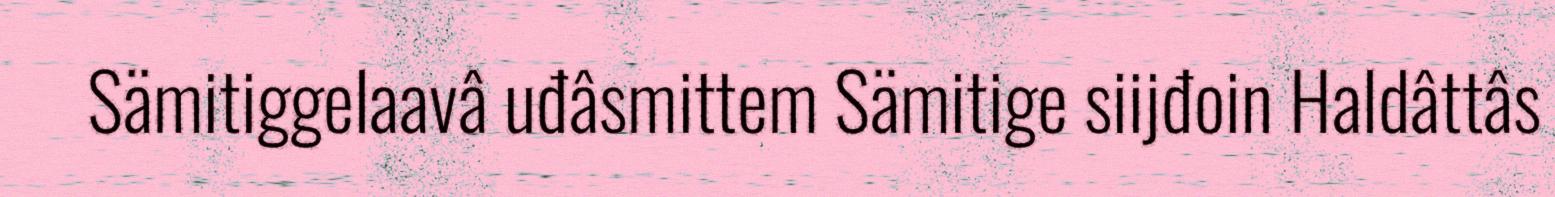
Sämitiggelaavâ uđâsmittem Sämitige siijđoin Haldâttâs